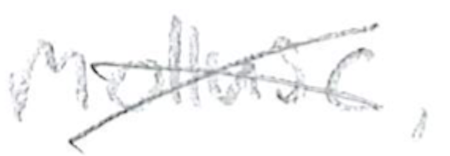
Text: mollusc,
Cross-out: cross
Writing tool: pencil